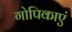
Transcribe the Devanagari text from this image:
गोपिकाएं